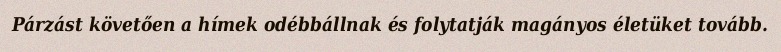
Párzást követően a hímek odébbállnak és folytatják magányos életüket tovább.